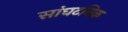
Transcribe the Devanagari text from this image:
सांघटनिक